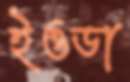
ইওডা